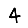
Digit: 4